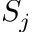
S _ { j }